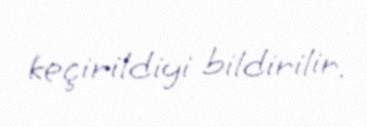
keçirildiyi bildirilir.